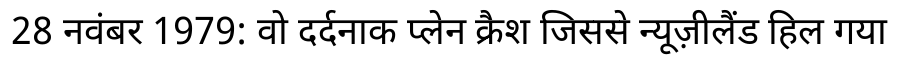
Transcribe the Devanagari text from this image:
28 नवंबर 1979: वो दर्दनाक प्लेन क्रैश जिससे न्यूज़ीलैंड हिल गया